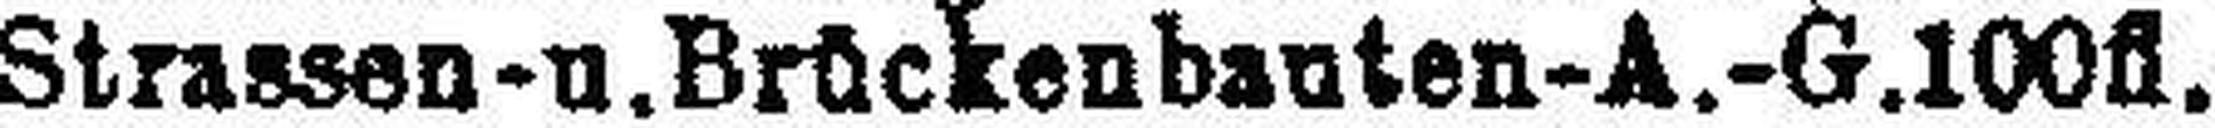
Strassen- u. Brückenbauten-A.-G. 100fl.